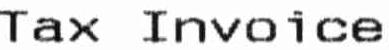
TAX INVOICE